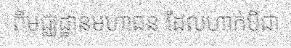
ពីមជ្ឈដ្ឋានមហាជន ដែលហាក់បីជា